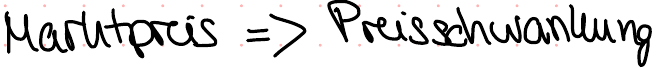
Marktpreis => Preisschwankung